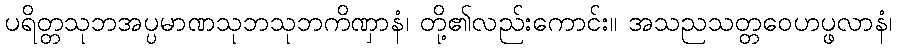
ပရိတ္တသုဘအပ္ပမာဏသုဘသုဘကိဏှာနံ၊ တို့၏လည်းကောင်း။ အသညသတ္တဝေဟပ္ဖလာနံ၊